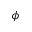
\boldsymbol \phi